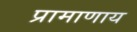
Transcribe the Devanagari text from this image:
प्रामाणाय